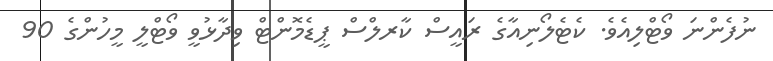
ނުފެންނަ ވޯޓްލިއެވެ. ކެޓެލޯނިއާގެ ރައީސް ކާރލްސް ޕީޑެމޮންޓް ވިދާޅުވީ ވޯޓްލީ މީހުންގެ 90